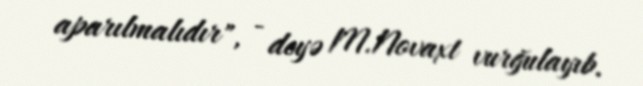
aparılmalıdır", - deyə M.Novaxt vurğulayıb.